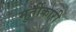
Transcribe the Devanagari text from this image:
मुर्तीकारी